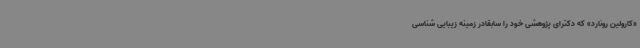
«کارولین رونارد» که دکترای پژوهشی خود را سابقادر زمینه زیبایی شناسی